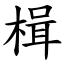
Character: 楫